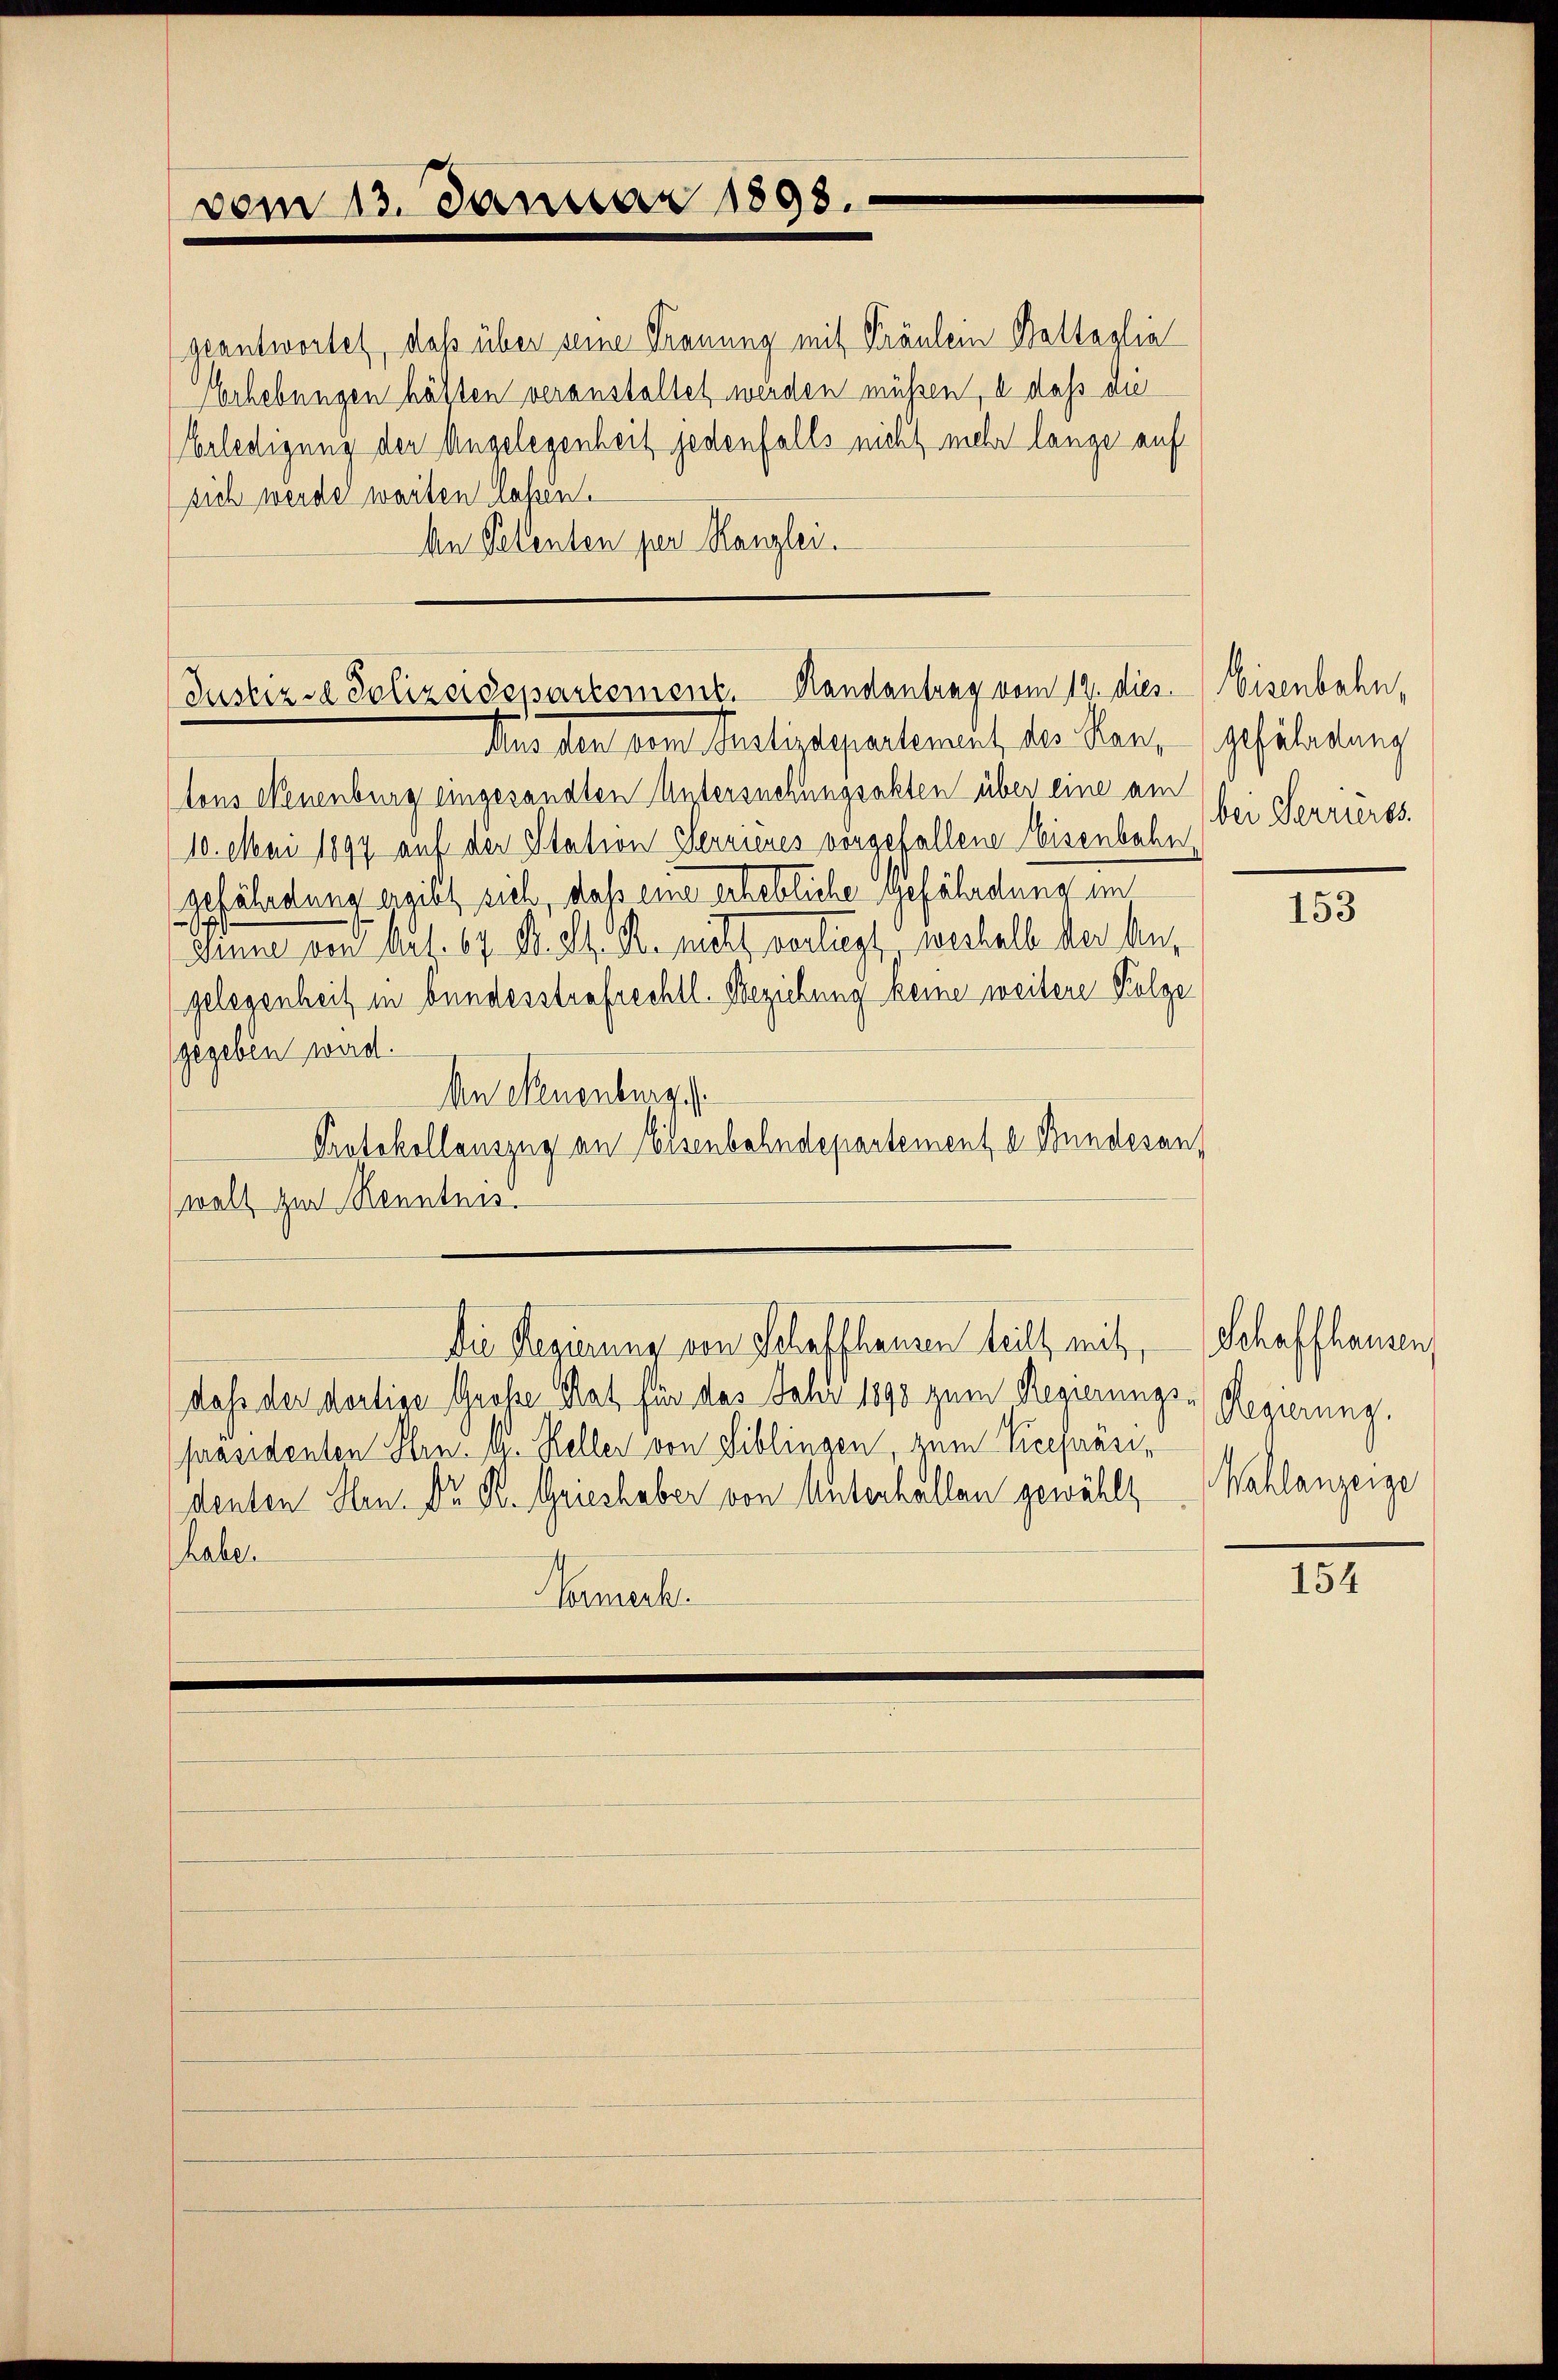
vom 13. Januar 1898.

geantwortet, daß über seine Trauung mit Fräulein Baltalia
Verhebungen hätten veranstaltet werden müssen, u. daß die
Erledigung der Angelegenheit jedenfalls nicht mehr lange auf
sich werde warten lehen.
An Petenten per Kanzlei.

Justiz & Polizeidepartement. Handantrag vom 12. dies
Aus der den Justizdepartement der Man, gehaltung

tons Neuenburg eingesandten Untersuchungsakten über eine am
10. Mai 1897 auf der Station Servienes vorgefallene Eisenbahn
gefährdung ereibt sich, daß eine erhebliche gefährdung im
dinne von Art. 67. B. d. M. nicht verliegt, weshalb der begelegenheit in Bundesstrafrechtl. Beziehung keine weitere Folge
(gegeben wird.
An Neuenburg
Protokollauszug an Eisenbahndepartement v. Bundesan
(wolt zur Kenntnis.
Die Regierung von Schaffhausen teilt mit
dass der dortige Große Rat für das Jahr 1890 zum Regierungspräsidenten Hrn. g. Keller von Siblingen zum Vicepräsidenten Hrn. Dr. K. Grieshaber von Unterhallen gewählt
habe.
Normerk

Eisenbahn,
bei Serrieres.

153

Schaffhausen,
Regierung.
Wahlanzeige

154